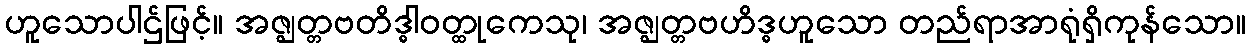
ဟူသောပါဌ်ဖြင့်။ အဇ္ဈတ္တဗတိဒ္ဓါဝတ္ထုကေသု၊ အဇ္ဈတ္တဗဟိဒ္ဓဟူသော တည်ရာအာရုံရှိကုန်သော။